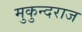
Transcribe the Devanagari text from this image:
मुकुन्दराज